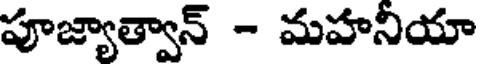
పూజ్యాత్వాన్ - మహనియా